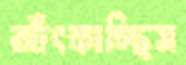
আঁৎকাচ্ছিস